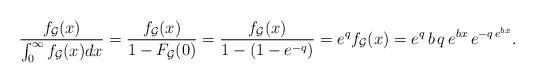
LaTeX: \begin{align*}\frac{f_{\mathcal{G}}(x)}{\int_0^\infty f_{\mathcal{G}}(x) dx} = \frac{f_{\mathcal{G}}(x)}{1 - F_{\mathcal{G}}(0)}= \frac{f_{\mathcal{G}}(x)}{1 - (1 - e^{-q})} = e^{q} f_{\mathcal{G}}(x) = e^q \, b \, q \, e^{bx} \, e^{-q \, e^{bx}}.\end{align*}